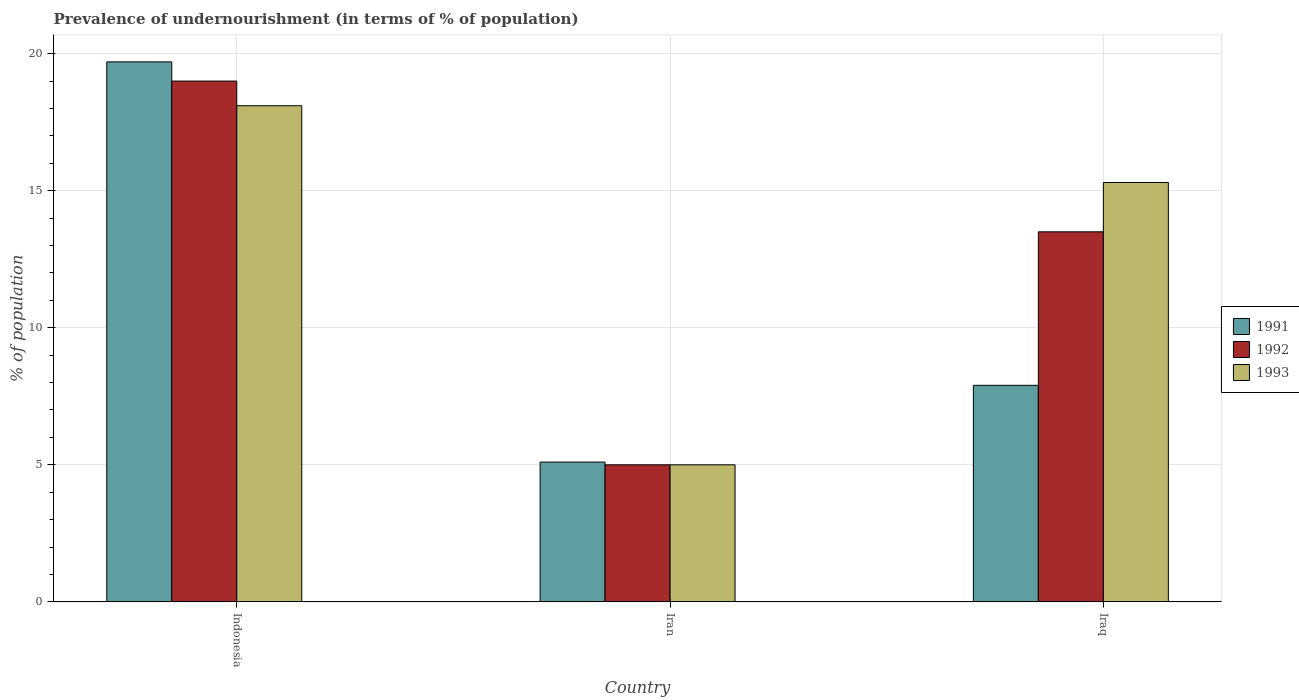
| Country | 1991 | 1992 | 1993 |
 | --- | --- | --- | --- |
 | Indonesia | 19.7 | 19 | 18.1 |
 | Iran | 5.1 | 5 | 5 |
 | Iraq | 7.9 | 13.5 | 15.3 |